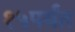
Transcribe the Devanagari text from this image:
१५पर्यंत